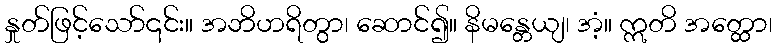
နှုတ်ဖြင့်သော်၎င်း။ အဘိဟရိတွာ၊ ဆောင်၍။ နိမန္တေယျ၊ အံ့။ ဣတိ အတ္ထော၊